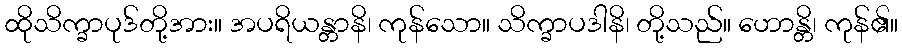
ထိုသိက္ခာပုဒ်တို့အား။ အပရိယန္တာနိ၊ ကုန်သော။ သိက္ခာပဒါနိ၊ တို့သည်။ ဟောန္တိ၊ ကုန်၏။